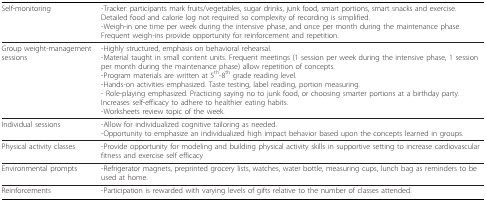
| Self-monitoring | -Tracker: participants mark fruits/vegetables, sugar drinks, junk food, smart portions, smart snacks and exercise. Detailed food and calorie log not required so complexity of recording is simplified.-Weigh-in one time per week during the intensive phase, and once per month during the maintenance phase. Frequent weigh-ins provide opportunity for reinforcement and repetition. |
 | --- | --- |
 | Group weight-management sessions | -Highly structured, emphasis on behavioral rehearsal.-Material taught in small content units. Frequent meetings (1 session per week during the intensive phase, 1 session per month during the maintenance phase) allow repetition of concepts.-Program materials are written at 5th-8th grade reading level.-Hands-on activities emphasized. Taste testing, label reading, portion measuring.- Role-playing emphasized. Practicing saying no to junk food, or choosing smarter portions at a birthday party. Increases self-efficacy to adhere to healthier eating habits.-Worksheets review topic of the week. |
 | Individual sessions | -Allow for individualized cognitive tailoring as needed.-Opportunity to emphasize an individualized high impact behavior based upon the concepts learned in groups. |
 | Physical activity classes | -Provide opportunity for modeling and building physical activity skills in supportive setting to increase cardiovascular fitness and exercise self efficacy |
 | Environmental prompts | -Refrigerator magnets, preprinted grocery lists, watches, water bottle, measuring cups, lunch bag as reminders to be used at home. |
 | Reinforcements | -Participation is rewarded with varying levels of gifts relative to the number of classes attended. |